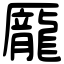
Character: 龎